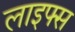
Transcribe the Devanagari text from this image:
लाइफ्स